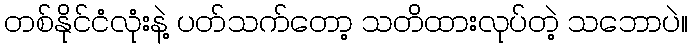
တစ်နိုင်ငံလုံးနဲ့ ပတ်သက်တော့ သတိထားလုပ်တဲ့ သဘောပဲ။